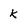
Character: k